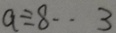
a \div 8 \cdot 3